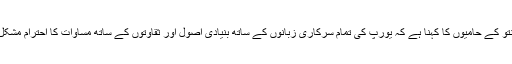
اسپرانتو کے حامیوں کا کہنا ہے کہ یورپ کی تمام سرکاری زبانوں کے ساتھ بنیادی اصول اور ثقاوتوں کے ساتھ مساوات کا احترام مشکل ہے۔